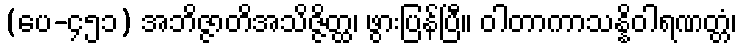
(ပေ-၄၅၁) အဘိဇ္ဇာတိအသိဇ္ဇိတ္ထ၊ ဖွားပြန်ပြီ။ ဝါတာကာသန္နိဝါရဏတ္တံ၊